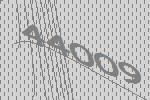
44009